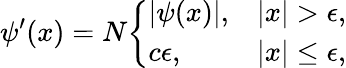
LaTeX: \psi^{\prime}(x)=N{\left\{ \begin{array}{ll}{|\psi(x)|,}&{|x|>\epsilon,}\\ {c\epsilon,}&{|x|\leq\epsilon,}\end{array}\right.}